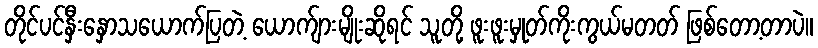
တိုင်ပင်နှီးနှောသယောက်ပြတဲ့ ယောက်ျားမျိုးဆိုရင် သူတို့ ဖူးဖူးမှုတ်ကိုးကွယ်မတတ် ဖြစ်တော့တာပဲ။